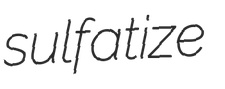
sulfatize